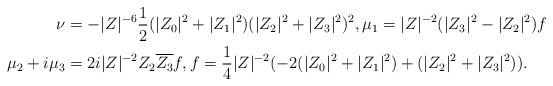
LaTeX: \begin{align*} \nu&=-|Z|^{-6}\frac{1}{2}(|Z_0|^2+|Z_1|^2)(|Z_2|^2+|Z_3|^2)^2,\mu_1=|Z|^{-2}(|Z_3|^2-|Z_2|^2) f\\ \mu_2+i \mu_3&= 2 i |Z|^{-2} Z_2 \overline{Z_3} f,f=\frac{1}{4}|Z|^{-2}(-2(|Z_0|^2+|Z_1|^2)+(|Z_2|^2+|Z_3|^2)).\end{align*}